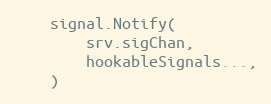
Language: Go
	signal.Notify(
		srv.sigChan,
		hookableSignals...,
	)